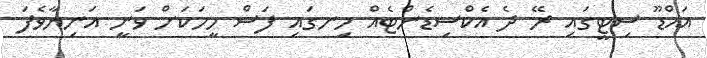
އައްޑޫ ސިޓީގައި ރޭ ދެ އެކްސިޑެންޓެއް ހިނގައި ފަސް މީހަކަށް ވަނީ އަނިޔާވެފަ